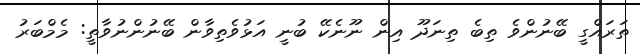
ތަރައްގީ ބޭނުންވެ ތިބެ ތިނަދޫ އިން ނޫނެކޭ ބުނީ އަޅުވެތިވާން ބޭނުންނުވާތީ: މެމްބަރު